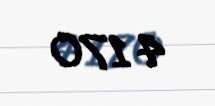
4 170